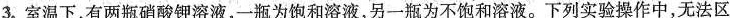
3.室温下，有两瓶硝酸钾溶液，一瓶为饱和溶液，另一瓶为不饱和溶液。下列实验操作中，无法区